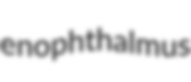
enophthalmus